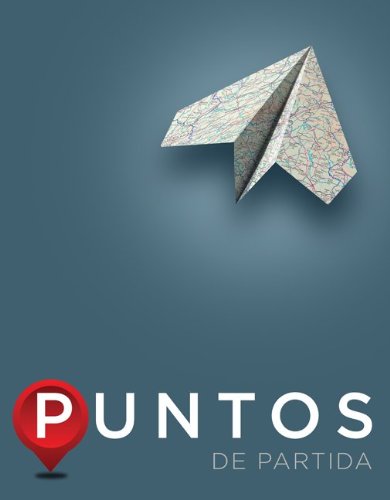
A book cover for Puntos de partida: An Invitation to Spanish; Thalia Dorwick; Reference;